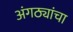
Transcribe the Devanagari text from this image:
अंगठ्यांचा